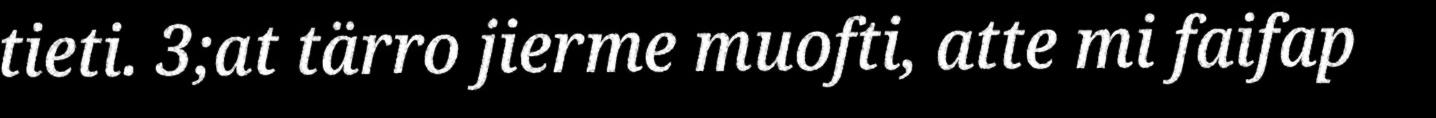
tieti. 3;at tärro jierme muofti, atte mi faifap